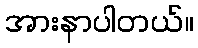
အားနာပါတယ်။